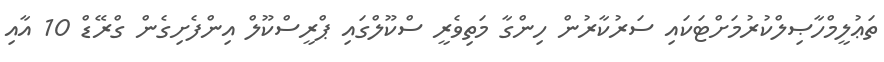
ތަޢުލީމްހާޞިލްކުރުމަށްޓަކައި ސަރުކާރުން ހިންގާ މަތިވެރީ ސްކޫލްގައި ޕްރީސްކޫލް އިންފެށިގެން ގްރޭޑް 10 އާއި